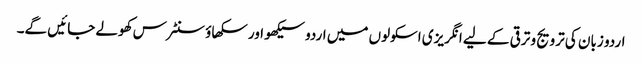
اردو زبان کی ترویج و ترقی کے لیے انگریزی اسکولوں میں اردو سیکھو اور سکھاؤ سنٹرس کھولے جائیں گے۔